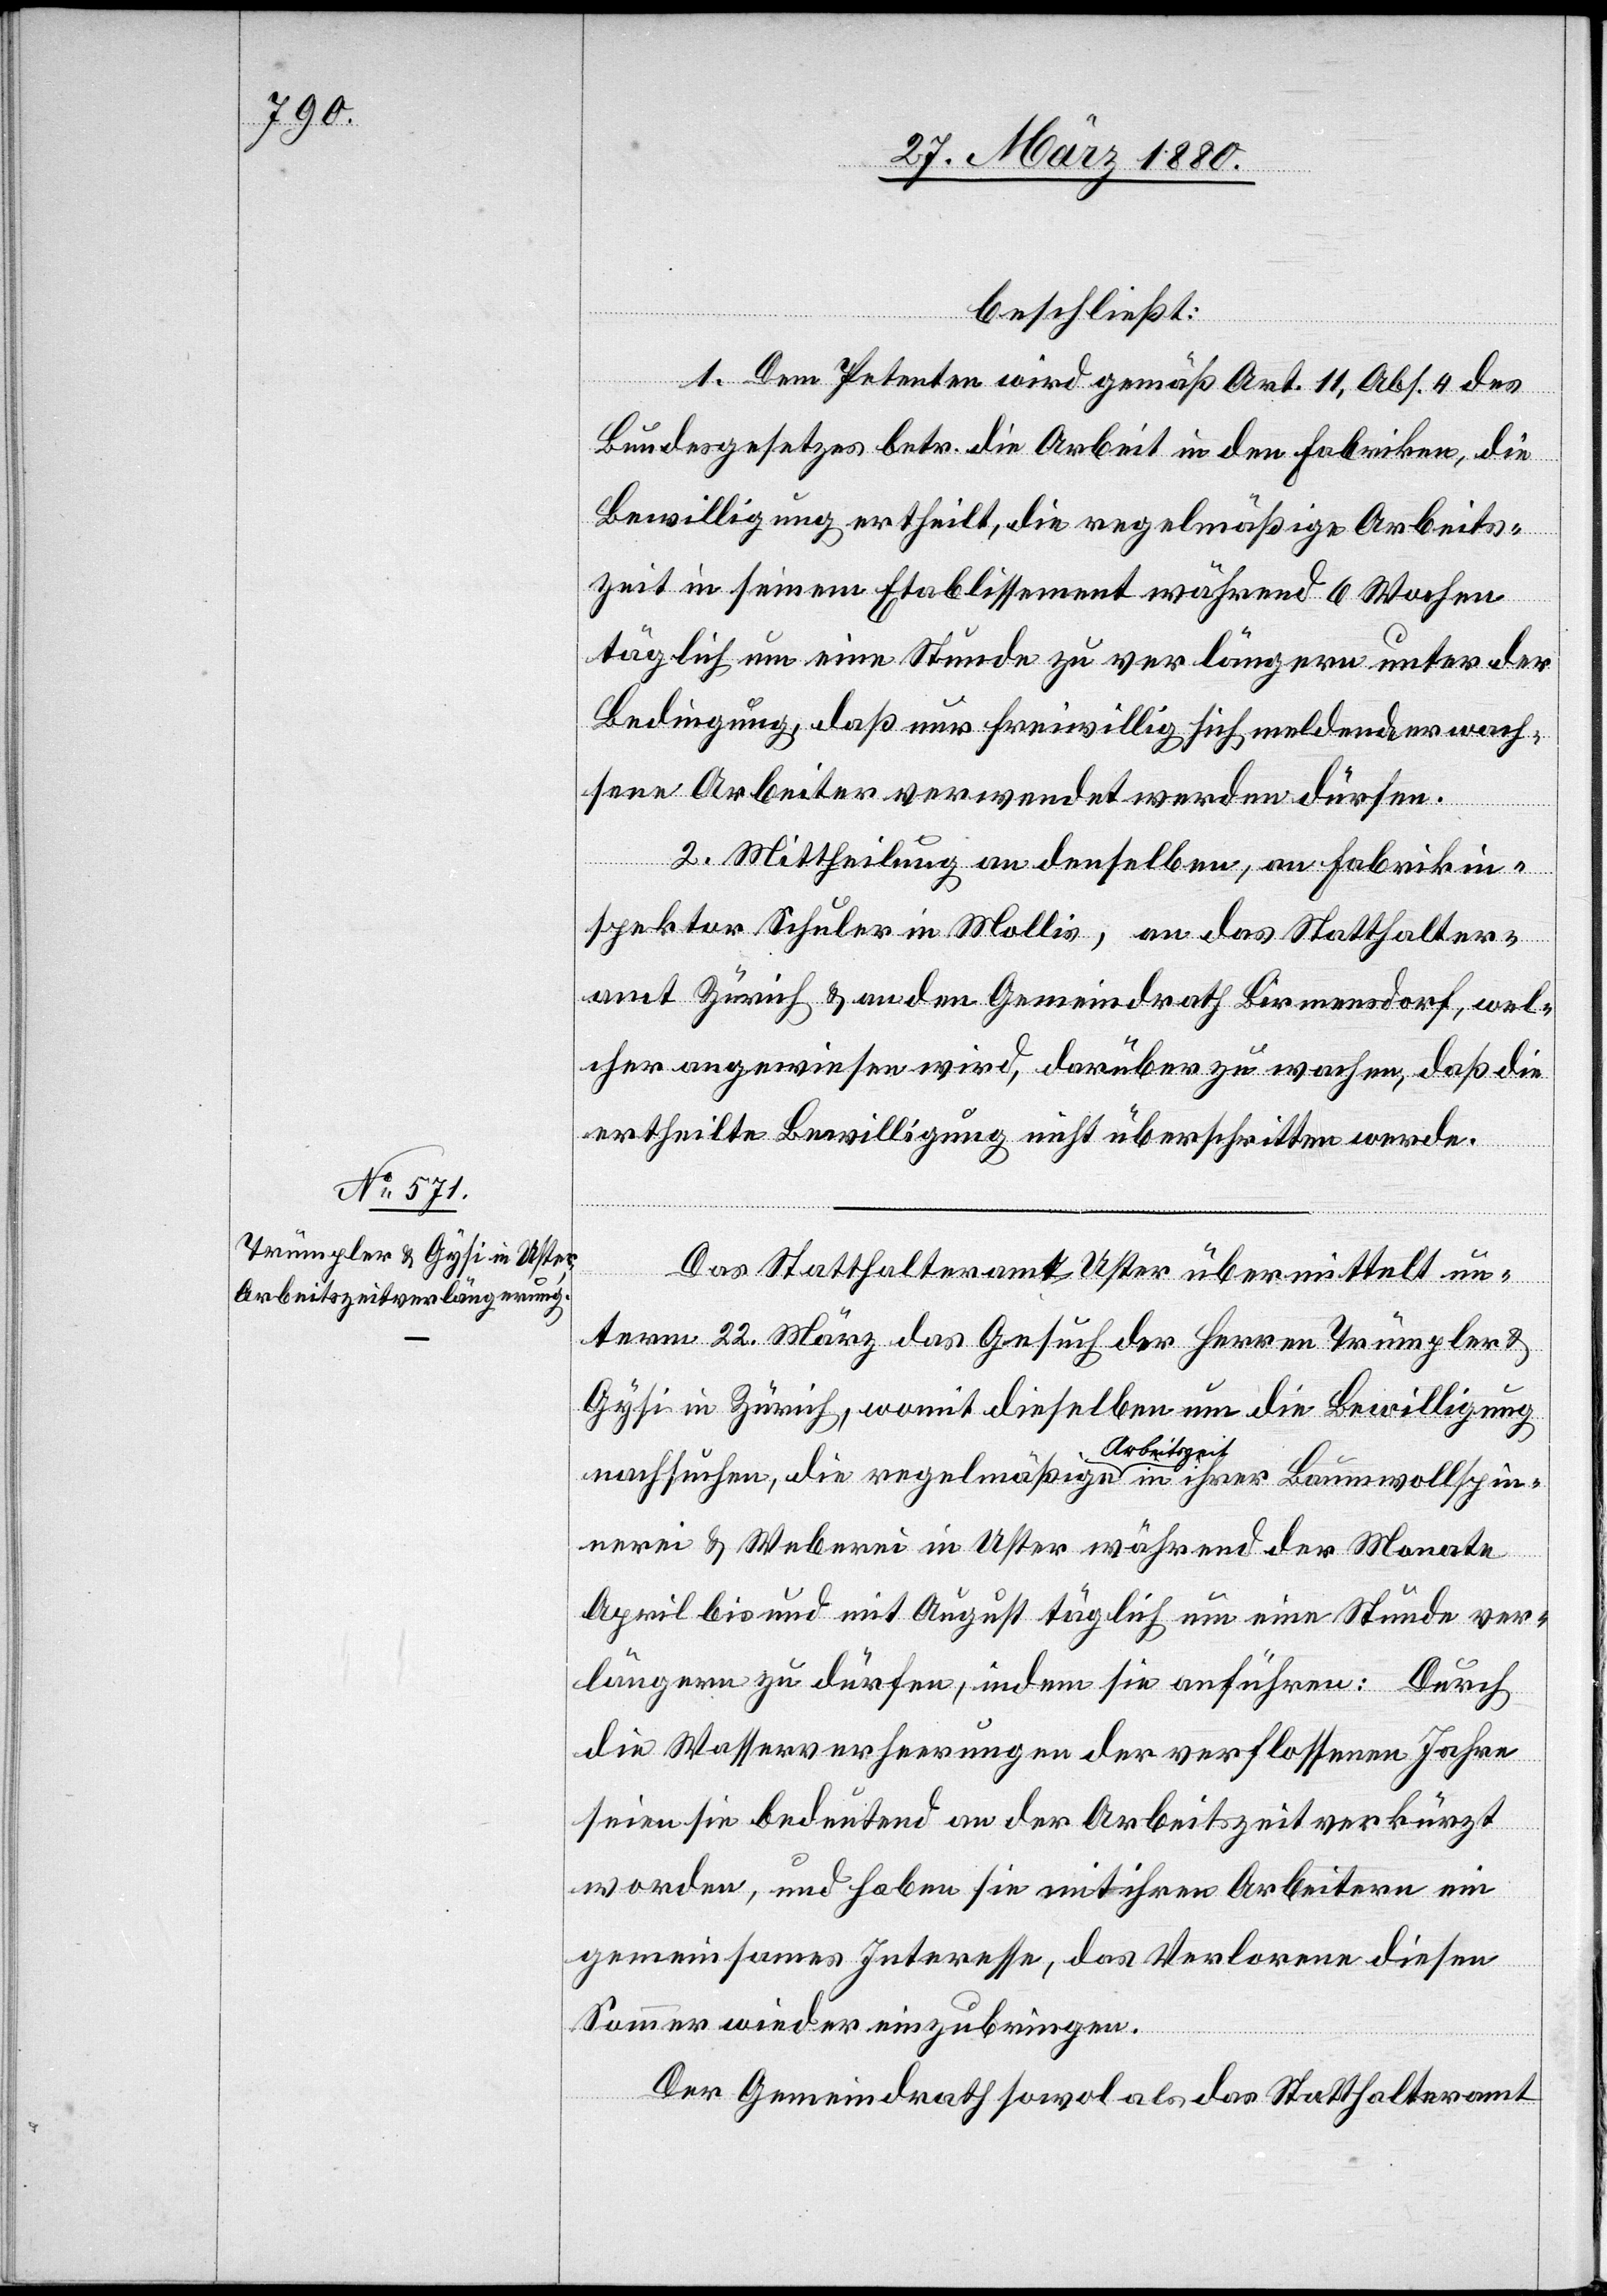
beschließt:
1. Dem Petenten wird gemäß Art. 11, Abs. 4 des
Bundesgesetzes betr. die Arbeit in den Fabriken, die
Bewilligung ertheilt, die regelmäßige Arbeits¬
zeit in seinem Etablissement während 6 Wochen
täglich um eine Stunde zu verlängern unter der
Bedingung, daß nur freiwillig sich meldende erwach¬
sene Arbeiter verwendet werden dürfen.
2. Mittheilung an denselben, am Fabrikin¬
spektor Schuler in Mollis, an das Statthalter¬
amt Zürich & an den Gemeindrath Birmensdorf, wel¬
cher angewiesen wird, darüber zu wachen, daß die
ertheilte Bewilligung nicht überschritten werde.
Das Statthalteramt Uster übermittelt un¬
term 22. März das Gesuch der Herren Trümpler &
Gysi in Zürich, womit dieselben um die Bewilligung
nachsuchen, die regelmäßige a-Arbeitszeit-a in ihrer Baumwollspin¬
nerei & Weberei in Uster während der Monate
April bis und mit August täglich um eine Stunde ver¬
längern zu dürfen, indem sie anführen: Durch
die Wasserverheerungen der verflossenen Jahre
seien sie bedeutend an der Arbeitszeit verkürzt
worden, und haben sie mit ihren Arbeitern ein
gemeinsames Interesse, das Verlorene diesen
Sommer wieder einzubringen.
Der Gemeindrath sowohl als das Statthalteramt